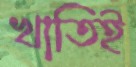
খাতিই